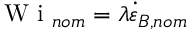
\mathrm { ~ W ~ i ~ } _ { n o m } = \lambda \dot { \varepsilon } _ { B , n o m }